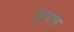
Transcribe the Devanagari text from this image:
कुदल